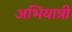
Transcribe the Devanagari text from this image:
अभियात्री